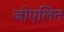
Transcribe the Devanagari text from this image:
जोएलिन